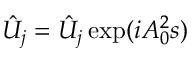
\hat { U } _ { j } = \hat { { \cal U } } _ { j } \exp ( i A _ { 0 } ^ { 2 } s )